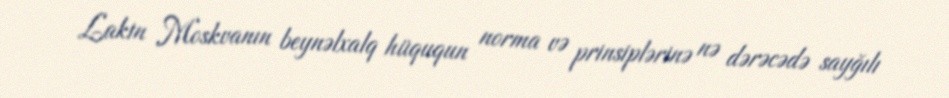
Lakin Moskvanın beynəlxalq hüququn norma və prinsiplərinə nə dərəcədə sayğılı